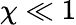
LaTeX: \chi\ll 1